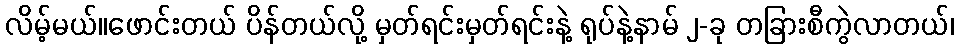
လိမ့်မယ်။ဖောင်းတယ် ပိန်တယ်လို့ မှတ်ရင်းမှတ်ရင်းနဲ့ ရုပ်နဲ့နာမ် ၂-ခု တခြားစီကွဲလာတယ်၊